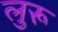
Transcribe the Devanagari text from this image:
लुरू